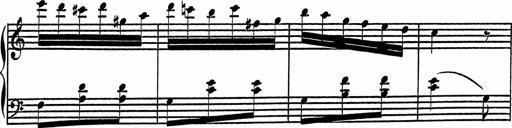
Title: 4 Piano Sonatinas
Composer: Adam Geibel